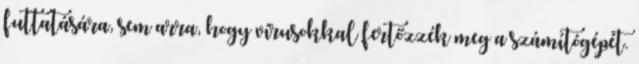
futtatására, sem arra, hogy vírusokkal fertőzzék meg a számítógépét.